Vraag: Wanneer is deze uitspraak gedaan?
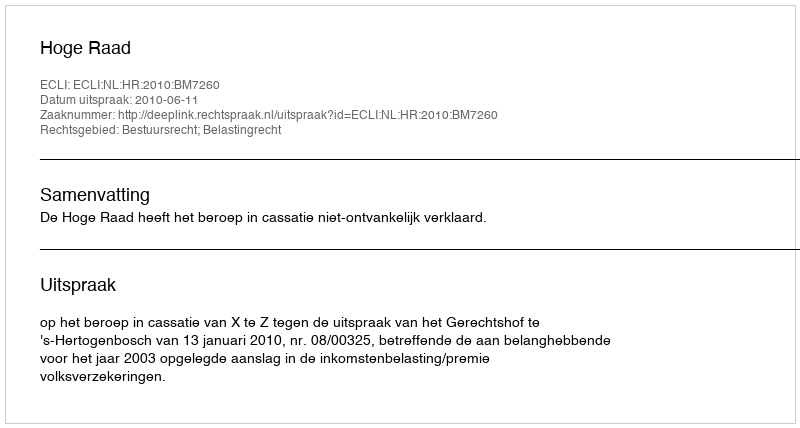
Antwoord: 2010-06-11